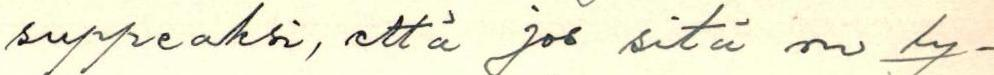
suppeaksi, että jos sitä on ly-